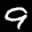
Label: 9